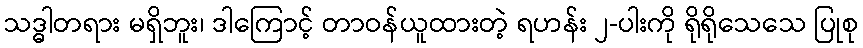
သဒ္ဓါတရား မရှိဘူး၊ ဒါကြောင့် တာဝန်ယူထားတဲ့ ရဟန်း ၂-ပါးကို ရိုရိုသေသေ ပြုစု